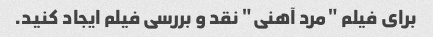
برای فیلم "مرد آهنی" نقد و بررسی فیلم ایجاد کنید.